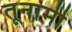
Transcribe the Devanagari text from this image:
तूनामी